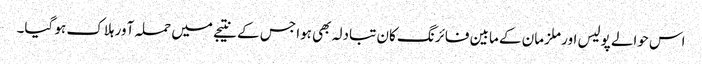
اس حوالے پولیس اور ملزمان کے مابین فائرنگ کان تبادلہ بھی ہوا جس کے نتیجے میں حملہ آور ہلاک ہو گیا۔